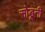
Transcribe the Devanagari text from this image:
सोडूनी